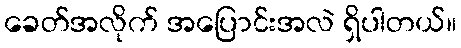
ခေတ်အလိုက် အပြောင်းအလဲ ရှိပါတယ်။